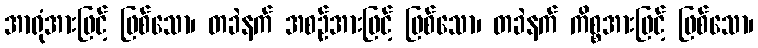
အာရုံအားဖြင့် ဖြစ်သော၊ တခဲနက် အစဉ်အားဖြင့် ဖြစ်သော၊ တခဲနက် ကိစ္စအားဖြင့် ဖြစ်သော၊